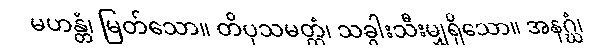
မဟန္တံ၊ မြတ်သော။ တိပုသမတ္တံ၊ သခွါးသီးမျှရှိသော။ အနဂ္ဃံ၊